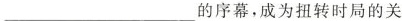
___的序幕，成为扭转时局的关